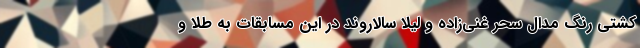
کشتی رنگ مدال سحر غنی‌زاده و لیلا سالاروند در این مسابقات به طلا و